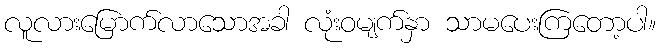
လူလားမြောက်လာသောအခါ လုံးဝမျက်နှာ သာမပေးကြတော့ပါ။